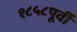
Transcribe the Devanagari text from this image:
१८५८पूर्वी